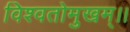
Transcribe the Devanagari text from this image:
विश्वतोमुखम्‌।।